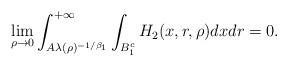
LaTeX: \begin{align*}\lim_{\rho \to 0} \int_{A\lambda(\rho)^{-1/\beta_1}}^{+\infty}\int_{B_1^c} H_2(x,r,\rho) dxdr =0.\end{align*}